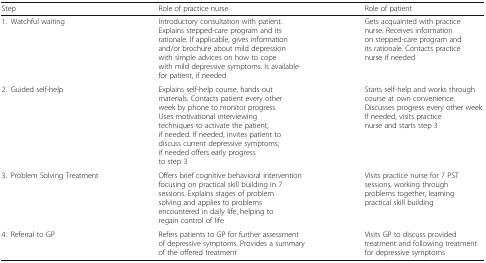
| Step | Role of practice nurse | Role of patient |
 | --- | --- | --- |
 | 1. Watchful waiting | Introductory consultation with patient. Explains stepped-care program and its rationale. If applicable, gives information and/or brochure about mild depression with simple advices on how to cope with mild depressive symptoms. Is available for patient, if needed | Gets acquainted with practice nurse. Receives information on stepped-care program and its rationale. Contacts practice nurse if needed |
 | 2. Guided self-help | Explains self-help course, hands out materials. Contacts patient every other week by phone to monitor progress. Uses motivational interviewing techniques to activate the patient, if needed. If needed, invites patient to discuss current depressive symptoms; if needed offers early progress to step 3 | Starts self-help and works through course at own convenience. Discusses progress every other week. If needed, visits practice nurse and starts step 3 |
 | 3. Problem Solving Treatment | Offers brief cognitive behavioral intervention focusing on practical skill building in 7 sessions. Explains stages of problem solving and applies to problems encountered in daily life, helping to regain control of life | Visits practice nurse for 7 PST sessions, working through problems together, learning practical skill building |
 | 4. Referral to GP | Refers patients to GP for further assessment of depressive symptoms. Provides a summary of the offered treatment | Visits GP to discuss provided treatment and following treatment for depressive symptoms |